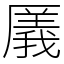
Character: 㕒